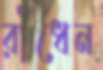
রাঁধেন